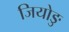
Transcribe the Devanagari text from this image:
जियोङु